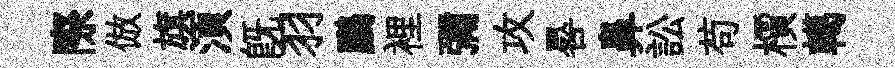
際倣旗湏旣羽鸝裡彌攻晷鼻訟苟檟轕